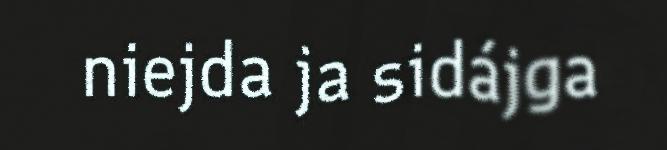
niejda ja sidájga